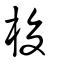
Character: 梭